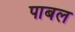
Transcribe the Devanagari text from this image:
पाबल